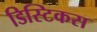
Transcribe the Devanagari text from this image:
डिस्टिकस